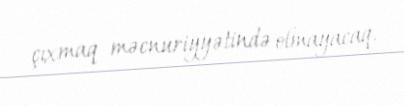
çıxmaq məcnuriyyətində olmayacaq.